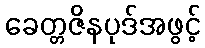
ခေတ္တဇိနပုဒ်အဖွင့်